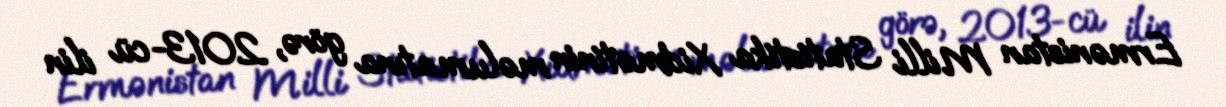
Ermənistan Milli Statistika Xidmətinin məlumatına görə, 2013-cü ilin